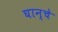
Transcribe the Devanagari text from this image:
घान्चे